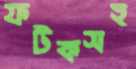
ফটকসহ